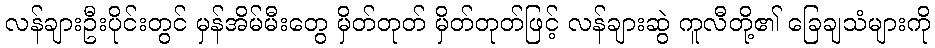
လန်ချားဦးပိုင်းတွင် မှန်အိမ်မီးတွေ မှိတ်တုတ် မှိတ်တုတ်ဖြင့် လန်ချားဆွဲ ကူလီတို့၏ ခြေချသံများကို